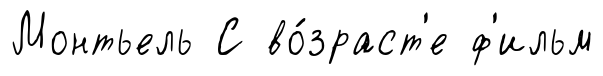
Монтьель С во́зраст'е ф'ильм